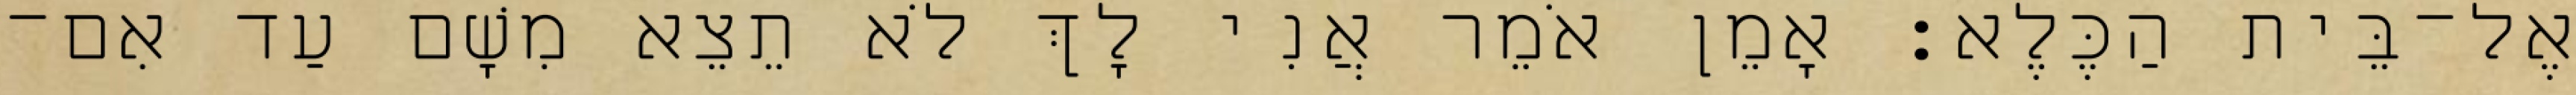
אֶל־בֵּית הַכֶּלֶא׃ אָמֵן אֹמֵר אֲנִי לָךְ לֹא תֵצֵא מִשָׁם עַד אִם־